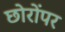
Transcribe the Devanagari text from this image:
छोरोंपर